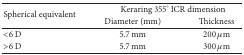
<table><thead><tr><td rowspan="2"><b>Spherical equivalent</b></td><td colspan="2"><b>Keraring 355° ICR dimension</b></td></tr><tr><td><b>Diameter (mm)</b></td><td><b>Thickness</b></td></tr></thead><tbody><tr><td>&lt;6 D</td><td>5.7 mm</td><td>200 μm</td></tr><tr><td>&gt;6 D</td><td>5.7 mm</td><td>300 μm</td></tr></tbody></table>